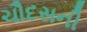
ચૌદસની